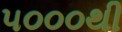
૫૦૦૦થી